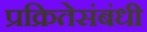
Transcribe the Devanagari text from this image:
प्रक्रितेसंबंधी